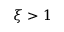
\xi > 1